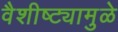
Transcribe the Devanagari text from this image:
वैशीष्ट्यामुळे